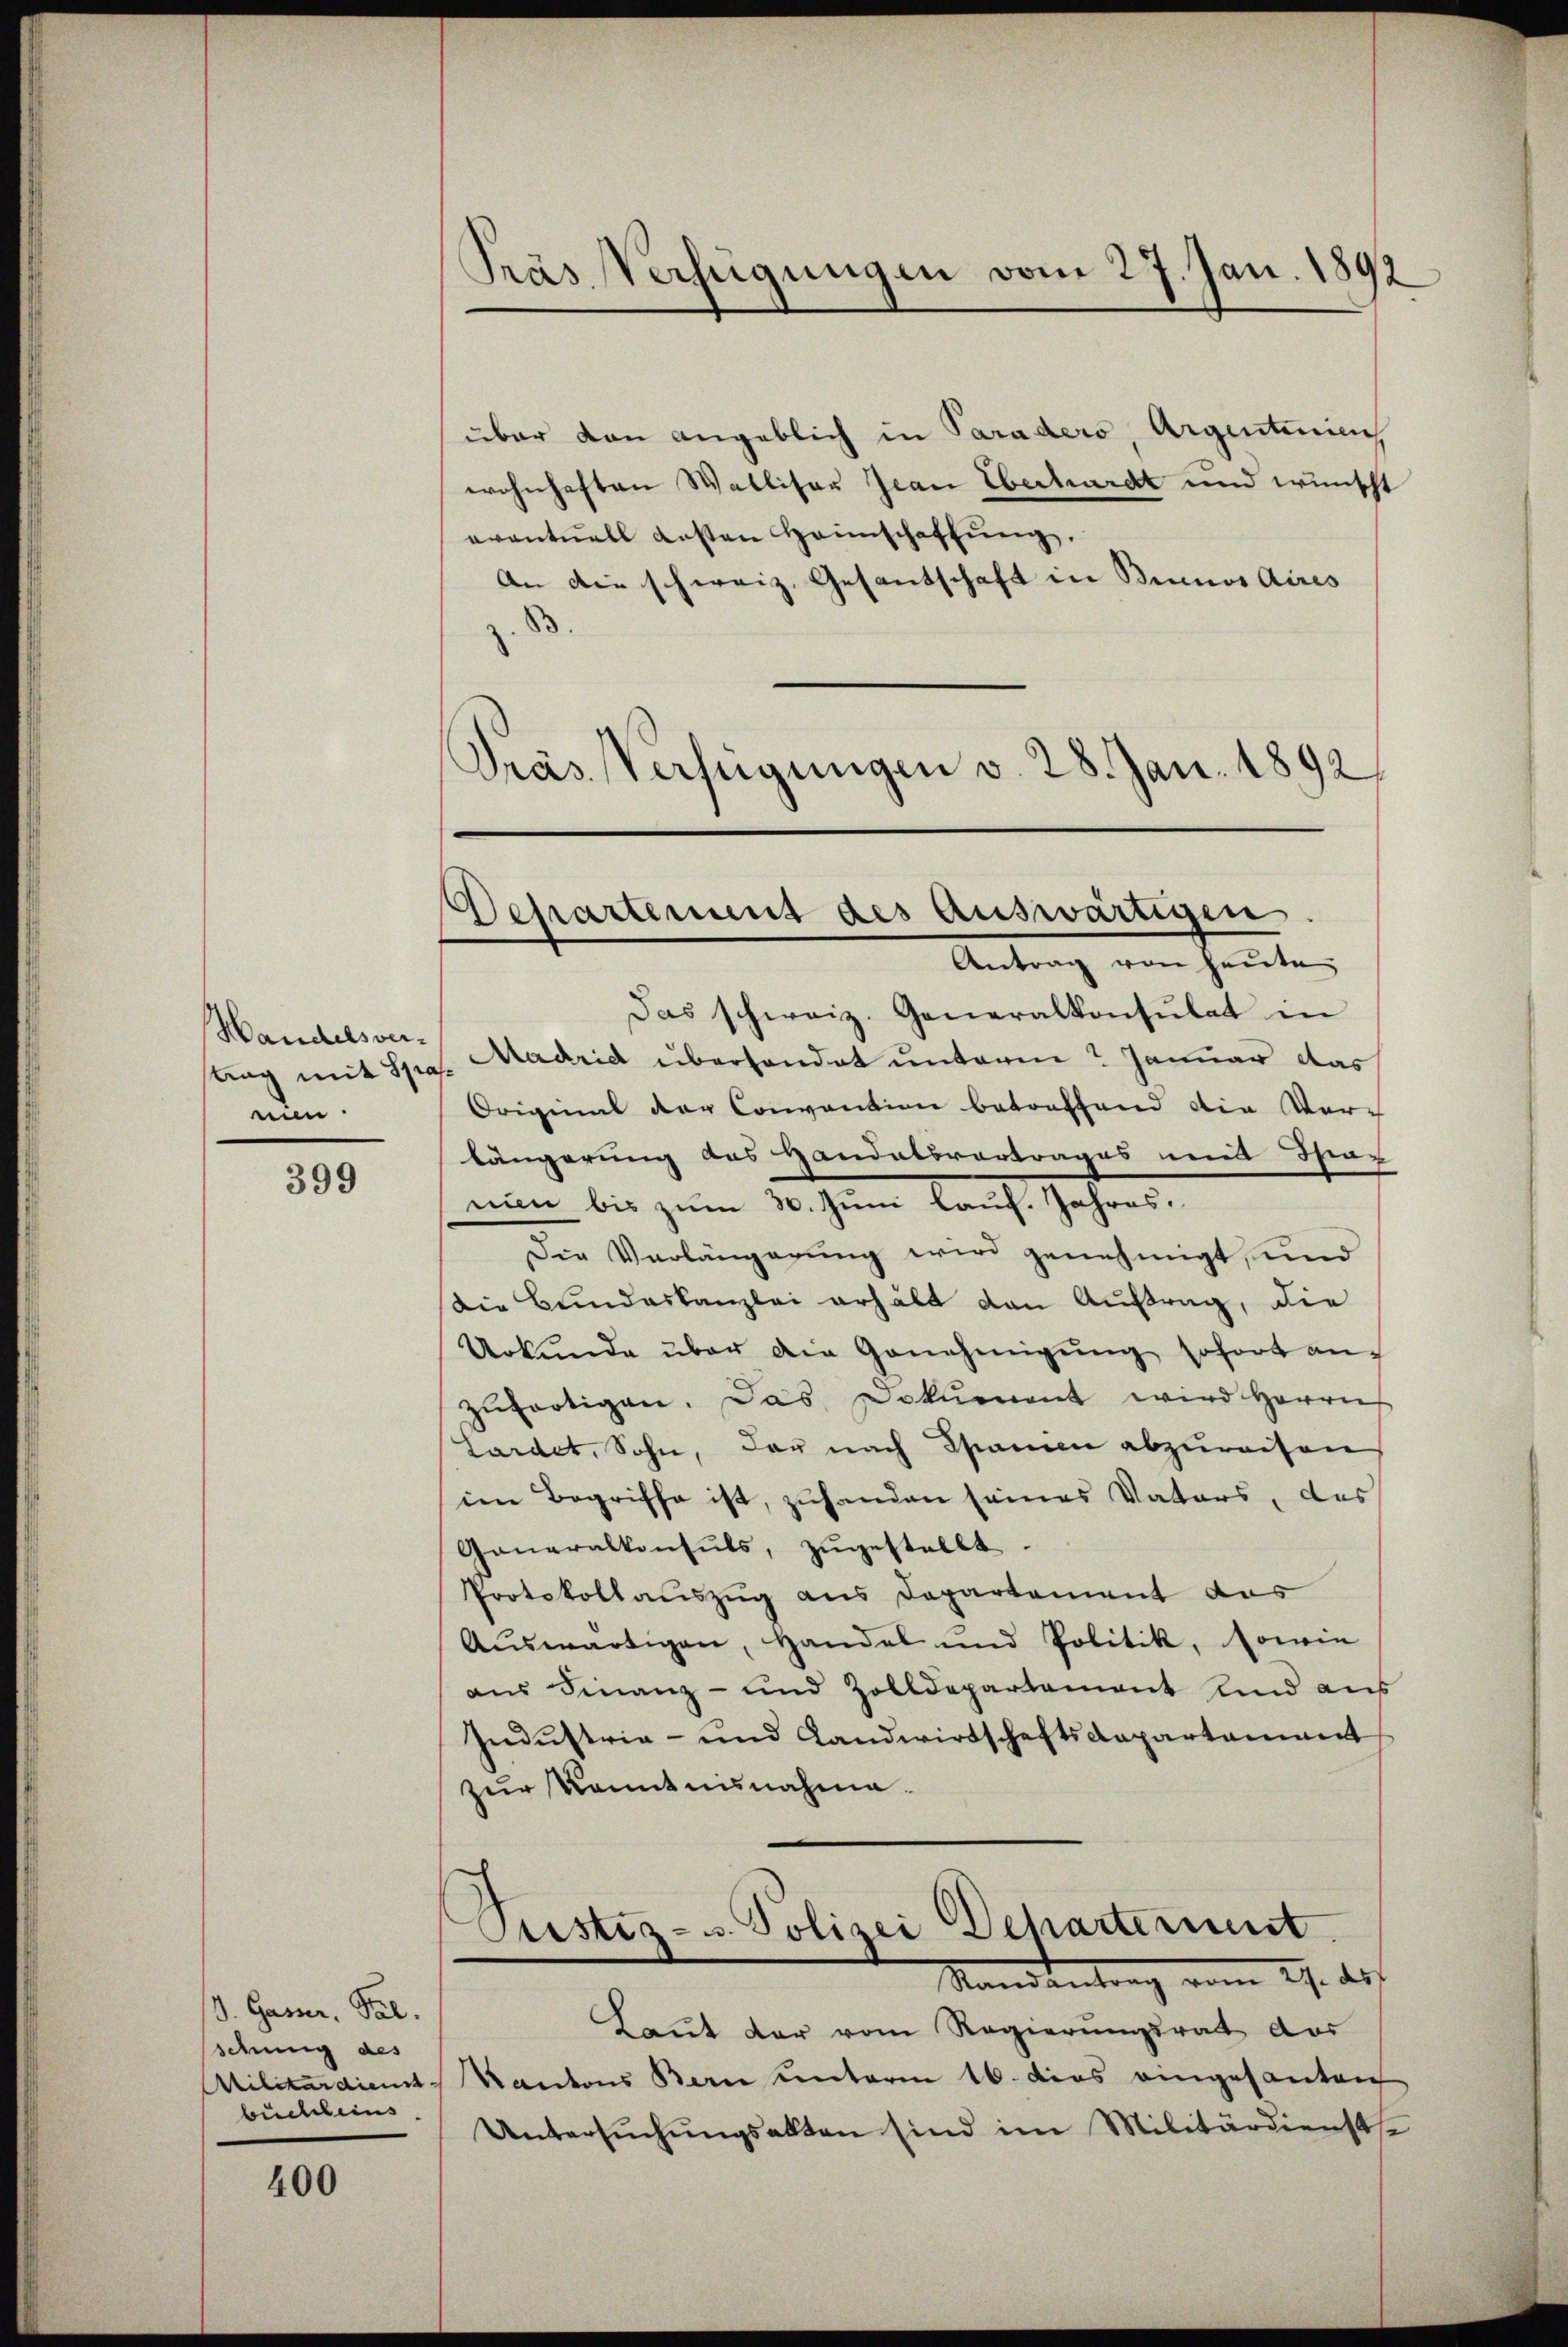
Handelsver-
stag mit Spra
nu

399

d. Gasser. Pal.
sduung des
rilitardienst |
büchleins

400

Pras Verfügungen vom 27. Jan. 1892

über von angeblich in Paradero Argentinien
wohnhaften Walliser Jean Eberhardt und wünscht
eventuell ersten Heinschaffŭng.
An die schweiz. Gesantschaft in Binos Aires
z. 83.
Präs. Verfügungen v. 28. Jan. 1892

Besarterung des auswärtigen

Antrag von heute,
Das schweiz. Generalkonsulat in
Madrid überhandet unterm 2 Januar das
.
Original der Convention betreffend die Vor-
längerung aus Handelsvortrages mit Sternuen bis zum 30. Juni lauf. Jahres.
Die Verlängerung wird genehmigt, und
Die Bundeskanzlei erhält den Auftrag, die
Urkŭnde über die Genehmigŭng sofort anzŭfertigen. Das Dokument wird Herrn
Lardet, Sohn, der nach Spanien abzureisen
im Begriffe ist, zuhanden seines Vaters, das
Ganeralkonsuls, zugestellt.
Protokollauszug aus Departement das
Aŭswärtigen, Handel und Politik, sowie
aus Finanz- und Zolldepartament und aus
Industrie- und Landwirtschaftsdepartament
zur Kenntnisnahme.
Pustiz- u. Polizei Departement
Standentrag vom 27. ds.
Baṅt dar vom Regierŭngsrat der
Kantons Bern unterm 16. das eingesanten
Untersŭchŭngsakten sind im Militärdienstse